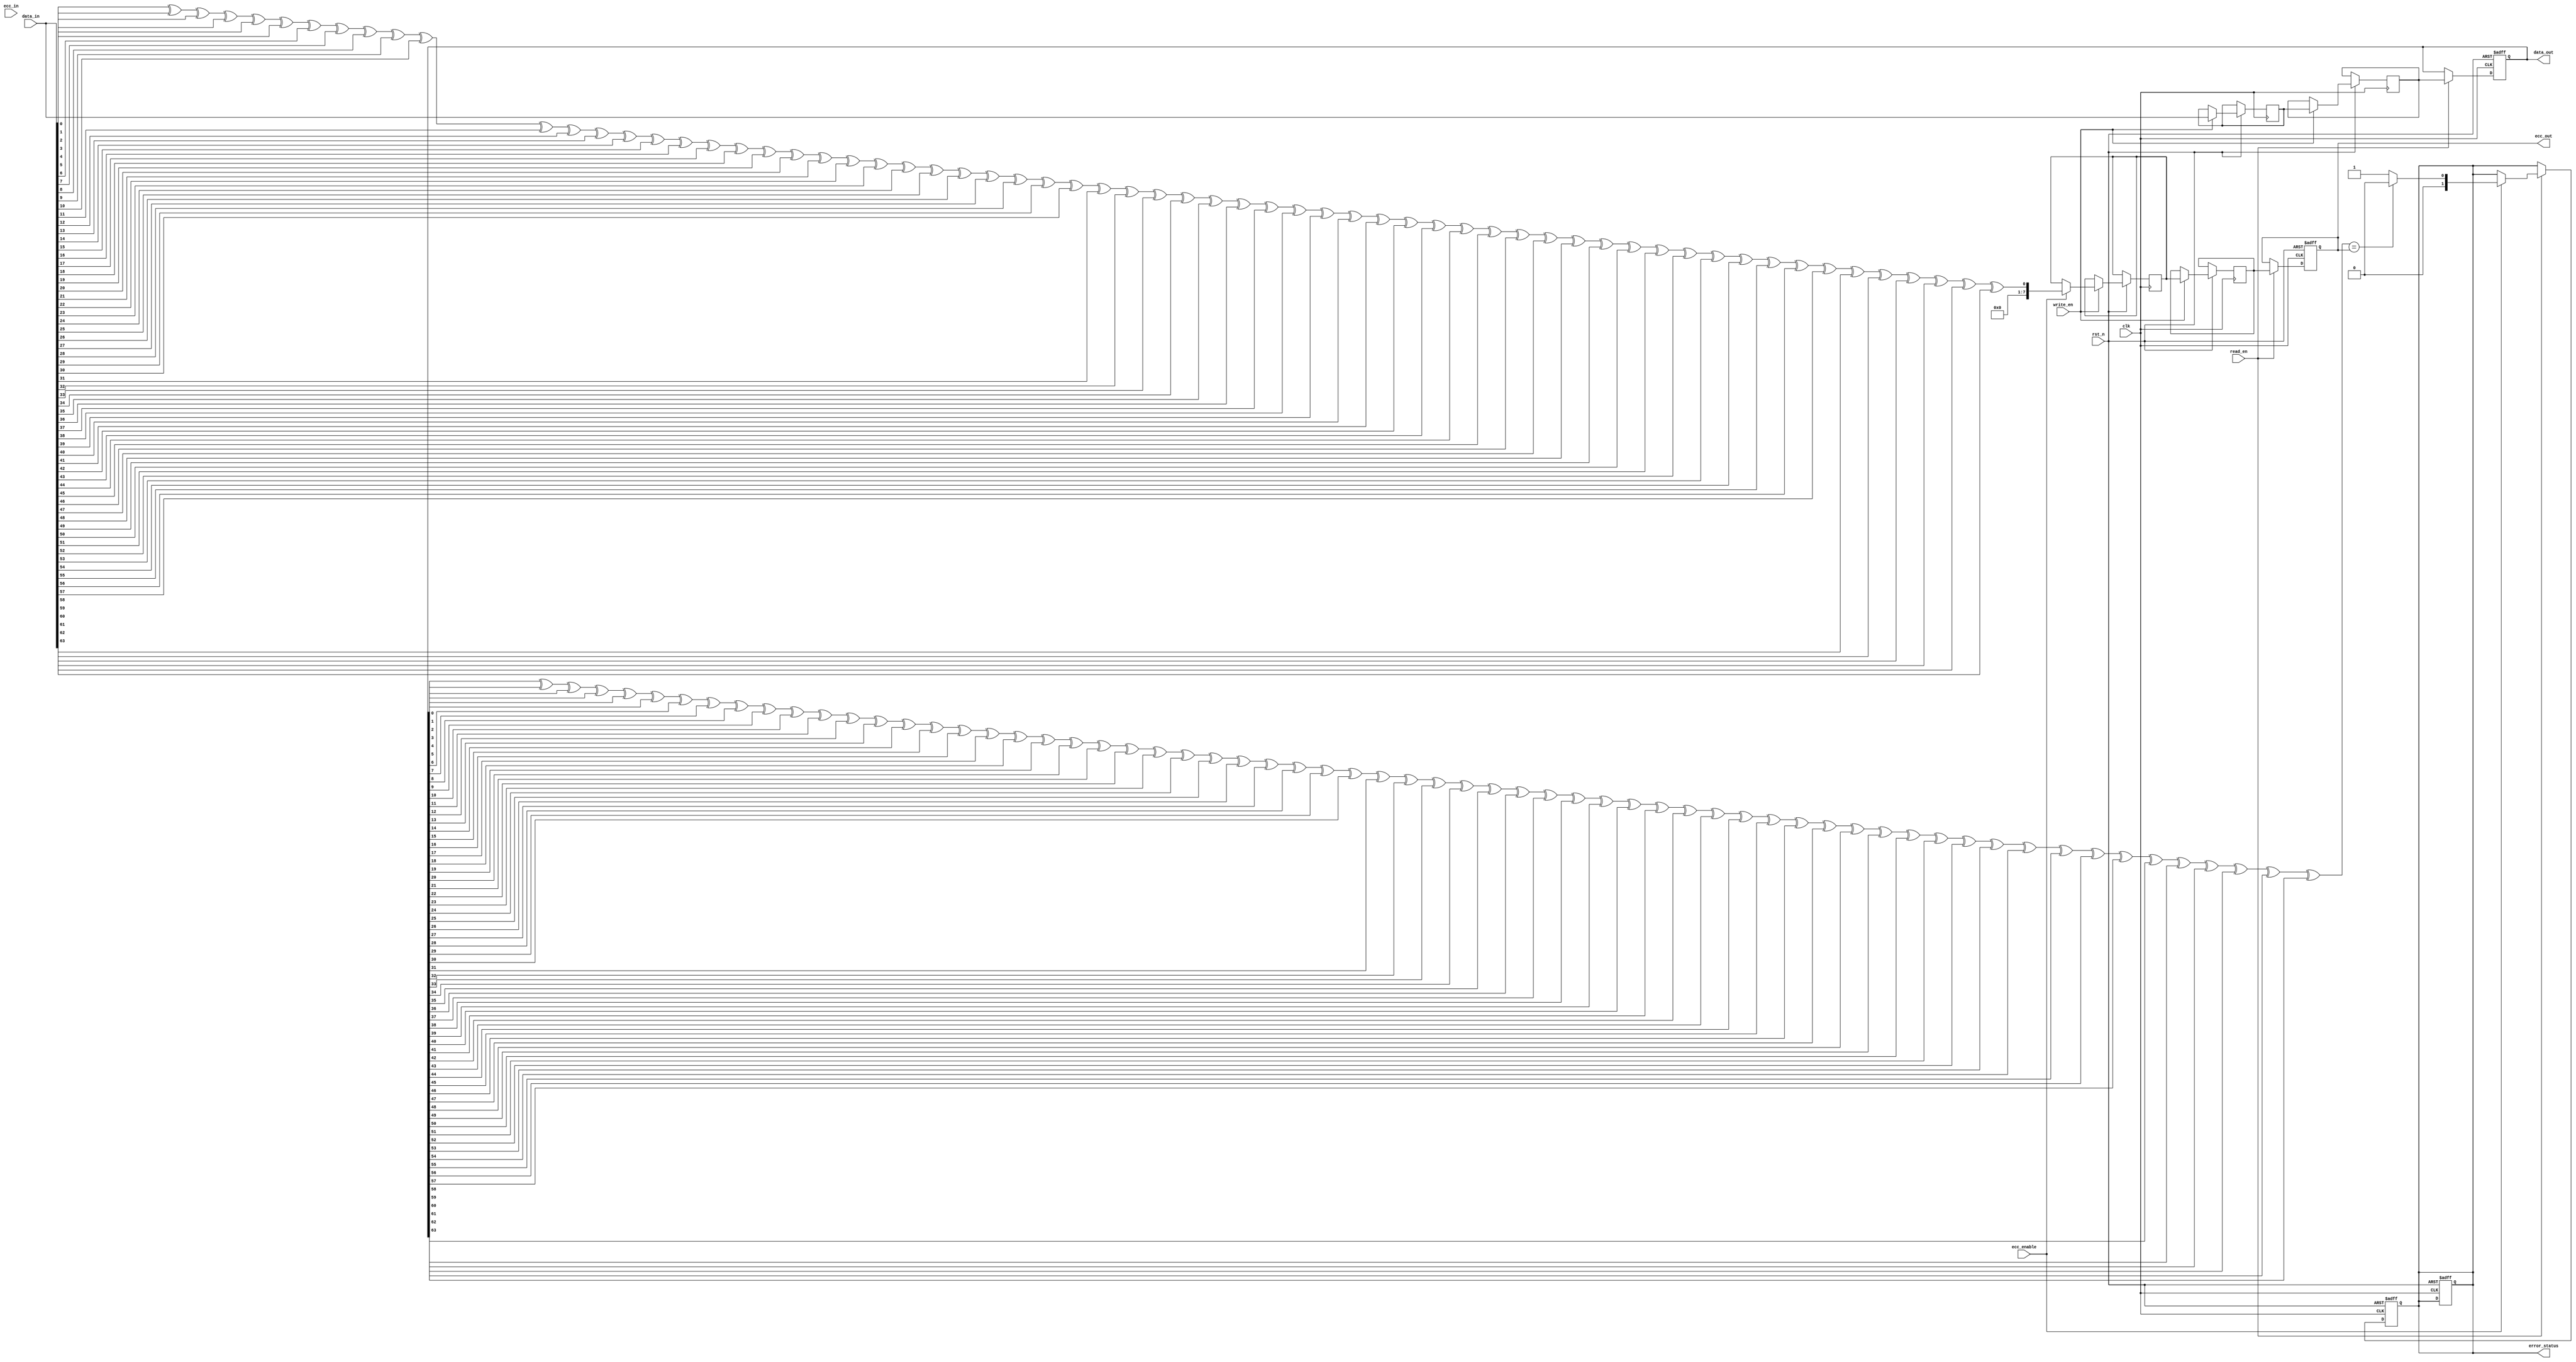
module ecc_dram_io (
    input wire clk,                   // Clock signal
    input wire rst_n,                 // Active low reset
    input wire [63:0] data_in,        // Data input from external bus
    input wire [7:0] ecc_in,          // ECC input from external bus
    input wire read_en,               // Read enable signal
    input wire write_en,              // Write enable signal
    input wire ecc_enable,            // ECC enable signal
    output reg [63:0] data_out,       // Data output to external bus
    output reg [7:0] ecc_out,         // ECC output to external bus
    output reg [1:0] error_status     // Error status register
);

    reg [63:0] data_buffer;           // Buffer for incoming data
    reg [7:0] ecc_buffer;             // Buffer for ECC bits
    reg [63:0] memory [0:255];        // Memory array (256 x 64 bits)
    reg [7:0] ecc_memory [0:255];     // ECC memory array (256 x 8 bits)

    // ECC encoding function (simple parity for demonstration)
    function [7:0] ecc_encode(input [63:0] data);
        integer i;
        reg [7:0] parity;
        begin
            parity = 0;
            for (i = 0; i < 64; i = i + 1) begin
                parity = parity ^ data[i];
            end
            ecc_encode = parity; // Simple parity encoding
        end
    endfunction

    // ECC decoding function (simple parity check for demonstration)
    function [1:0] ecc_decode(input [63:0] data, input [7:0] ecc);
        integer i;
        reg [7:0] parity;
        begin
            parity = 0;
            for (i = 0; i < 64; i = i + 1) begin
                parity = parity ^ data[i];
            end
            if (parity == ecc) begin
                ecc_decode = 2'b00; // No error
            end else begin
                ecc_decode = 2'b01; // Correctable error
            end
        end
    endfunction

    // Write operation
    always @(posedge clk or negedge rst_n) begin
        if (!rst_n) begin
            error_status <= 2'b00;
        end else if (write_en) begin
            data_buffer <= data_in;
            if (ecc_enable) begin
                ecc_buffer <= ecc_encode(data_in);
            end
            // Store data and ECC in memory
            memory[0] <= data_buffer; // Example address 0
            ecc_memory[0] <= ecc_buffer; // Example address 0
        end
    end

    // Read operation
    always @(posedge clk or negedge rst_n) begin
        if (!rst_n) begin
            data_out <= 64'b0;
            ecc_out <= 8'b0;
            error_status <= 2'b00;
        end else if (read_en) begin
            // Retrieve data and ECC from memory
            data_out <= memory[0]; // Example address 0
            ecc_out <= ecc_memory[0]; // Example address 0

            // ECC decoding
            if (ecc_enable) begin
                error_status <= ecc_decode(data_out, ecc_out);
                if (error_status == 2'b01) begin
                    // Correctable error logic (not implemented in detail)
                    // Correct the data_out here if needed
                end
            end
        end
    end

endmodule